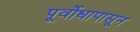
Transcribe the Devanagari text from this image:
पूर्वोधापासून